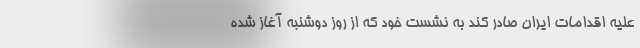
علیه اقدامات ایران صادر کند به نشست خود که از روز دوشنبه آغاز شده